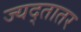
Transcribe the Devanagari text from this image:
ज्यद्तातर